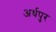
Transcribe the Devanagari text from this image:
अर्धपुर